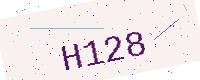
Text: H128